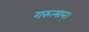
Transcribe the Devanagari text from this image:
गरुत्मान्।